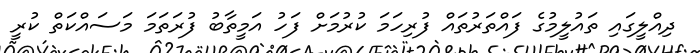
ދިއްލީގައި ތައުލީމުގެ ފައްތަރުތައް ފުރިހަމަ ކުރުމަށް ފަހު އަމީތާބު ފުރަތަމަ މަސައްކަތް ކުރީ